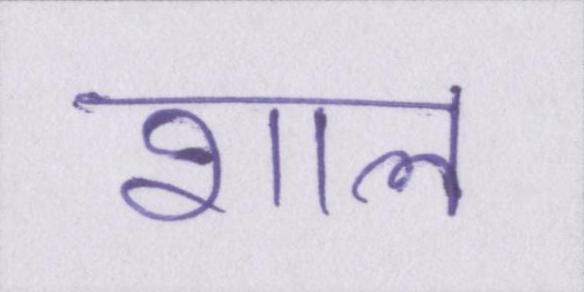
शाल